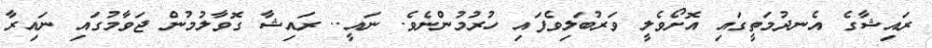
ރައިޝާގެ އެނދުމަތީގައި އޮށޯވެލީ ވަރުބަލިވެފައި ހުރުމުންނެވެ. ނައީ.. ރައިޝާ ގޮވާލުމުން ޖަވާމުގައި ނައިރާ